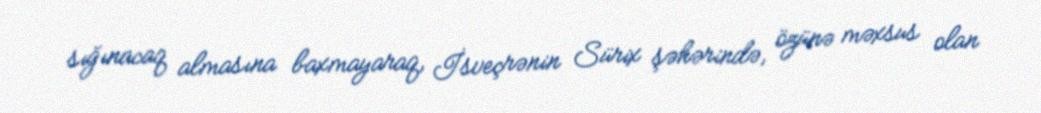
sığınacaq almasına baxmayaraq, İsveçrənin Sürix şəhərində, özünə məxsus olan